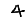
Digit: 4